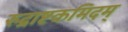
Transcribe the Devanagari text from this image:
रुद्राष्टकमिदम्